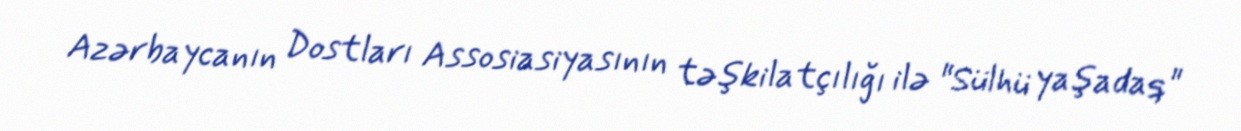
Azərbaycanın Dostları Assosiasiyasının təşkilatçılığı ilə "Sülhü yaşadaq"